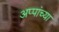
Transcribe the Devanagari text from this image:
अप्पांच्या